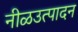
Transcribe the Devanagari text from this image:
नीळउत्पादन